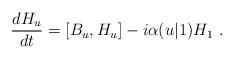
LaTeX: \begin{align*}\frac{d H_u}{dt}=[B_u,H_u]-i\alpha(u|1)H_1\ .\end{align*}